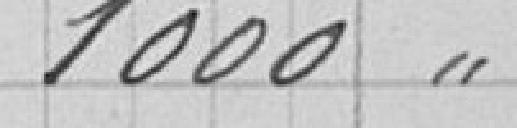
1 000